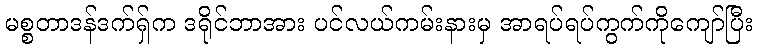
မစ္စတာဒန်ဒက်ရှ်က ဒရိုင်ဘာအား ပင်လယ်ကမ်းနားမှ အာရပ်ရပ်ကွက်ကိုကျော်ပြီး